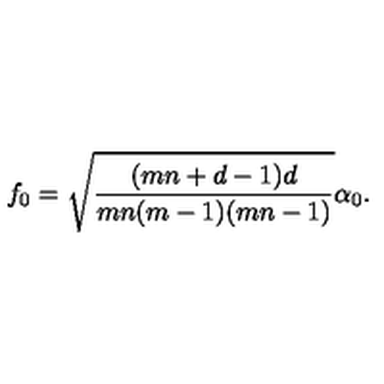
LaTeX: f _ { 0 } = \sqrt { \frac { ( m n + d - 1 ) d } { m n ( m - 1 ) ( m n - 1 ) } } \alpha _ { 0 } .